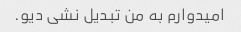
امیدوارم به من تبدیل نشی دیو.